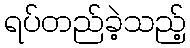
ရပ်တည်ခဲ့သည့်